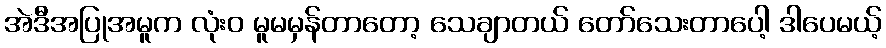
အဲဒီအပြုအမူက လုံးဝ မူမမှန်တာတော့ သေချာတယ် တော်သေးတာပေါ့ ဒါပေမယ့်